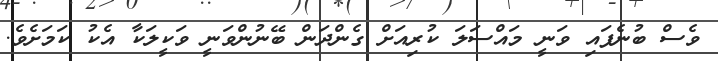
ވެސް ބުނެފައި ވަނީ މައްސަލަ ކުރިއަށް ގެންދަން ބޭނުންވަނީ ވަކީލަކާ އެކު ކަމަށެވެ.